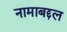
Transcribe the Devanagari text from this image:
नामाबद्दल